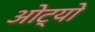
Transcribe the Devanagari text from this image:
ओट्यो